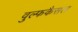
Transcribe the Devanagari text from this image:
वुल्फकैसल